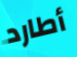
أطارد